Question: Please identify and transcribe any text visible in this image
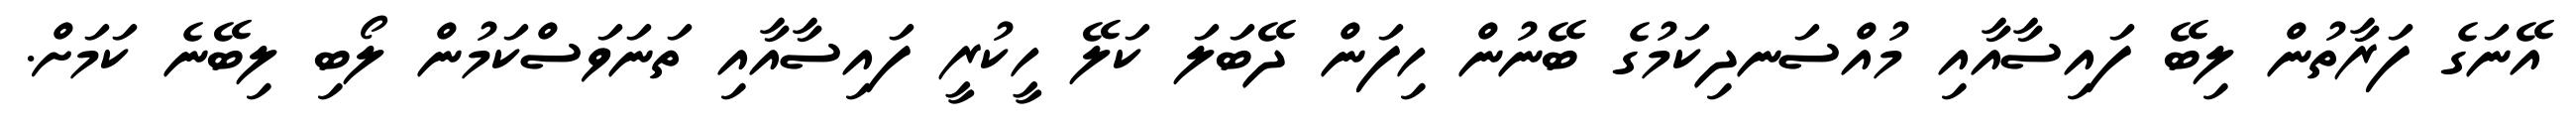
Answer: އޭނަގެ ފަރާތުން ލިބޭ ފައިސާއާއި މުއްސަނދިކަމުގެ ބޭނުން ހިފަން ދޭބަލަ ކަލޭ ހީކުރީ ފައިސާއާއި ތަނަވަސްކަމުން ލޯބި ލިބޭނެ ކަމަށް.